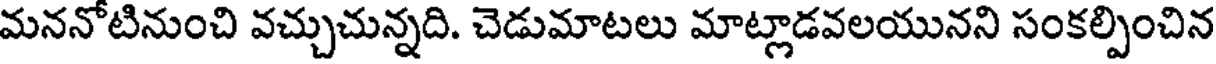
మననోటినుంచి వచ్చుచున్నది. చెడుమాటలు మాట్లాడవలయునని సంకల్పించిన